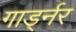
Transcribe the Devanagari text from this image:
गार्ड्नर